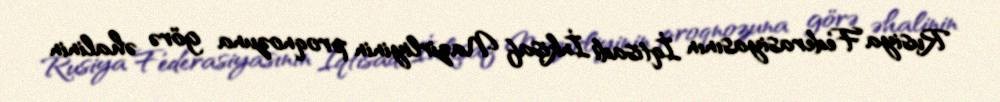
Rusiya Federasiyasının İqtisadi İnkişaf Nazirliyinin proqnozuna görə əhalinin